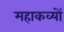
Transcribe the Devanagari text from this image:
महाकव्यों